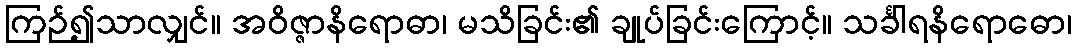
ကြဉ်၍သာလျှင်။ အဝိဇ္ဇာနိရောဓာ၊ မသိခြင်း၏ ချုပ်ခြင်းကြောင့်။ သင်္ခါရနိရောဓော၊